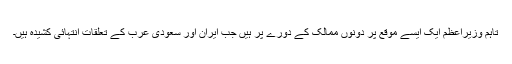
تاہم وزیراعظم ایک ایسے موقع پر دونوں ممالک کے دورے پر ہیں جب ایران اور سعودی عرب کے تعلقات انتہائی کشیدہ ہیں۔